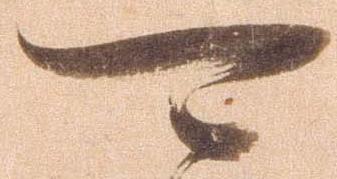
可